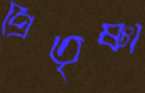
প্রিতৃষ্ণা